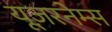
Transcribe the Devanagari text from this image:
यूज़रनेम्स